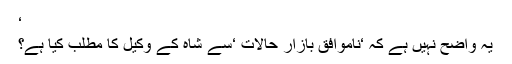
‘
یہ واضح نہیں ہے کہ ‘ناموافق بازار حالات ‘سے شاہ کے وکیل کا مطلب کیا ہے؟